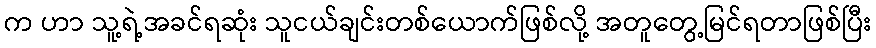
က ဟာ သူ့ရဲ့အခင်ရဆုံး သူငယ်ချင်းတစ်ယောက်ဖြစ်လို့ အတူတွေ့မြင်ရတာဖြစ်ပြီး